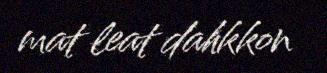
mat leat dahkkon